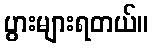
ပွားများရတယ်။